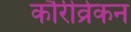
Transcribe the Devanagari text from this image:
कौरीव्रेकन